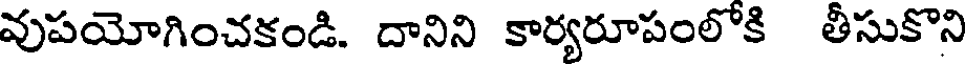
వుపయోగించకండి. దానిని కార్యరూపంలోకి తీసుకొని